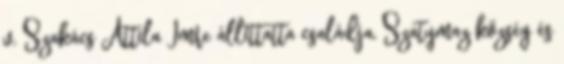
v. Szakács Attila Imre állíttatta családja, Szatymaz község és